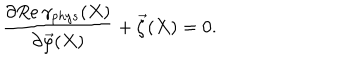
LaTeX: \frac { \partial R e \, \gamma _ { p h y s } ( X ) } { \partial \vec { \varphi } ( X ) } + \vec { \zeta } ( X ) = 0 .